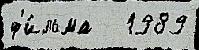
ф'и́льма   1989